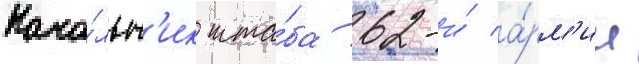
Нача́льн'ик шта́ба 62-и́ а́рм'ии